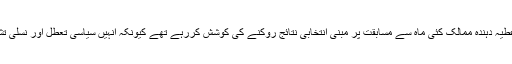
اقوام متحدہ اور عطیہ دہندہ ممالک کئی ماہ سے مسابقت پر مبنی انتخابی نتائج روکنے کی کوشش کررہے تھے کیونکہ انہیں سیاسی تعطل اور نسلی تشدد کا اندیشہ تھا۔